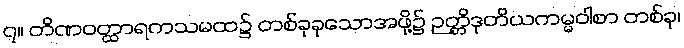
၇။ တိဏဝတ္ထာရကသမထ၌ တစ်ခုခုသောအဖို့၌ ဉတ္တိဒုတိယကမ္မဝါစာ တစ်ခု၊